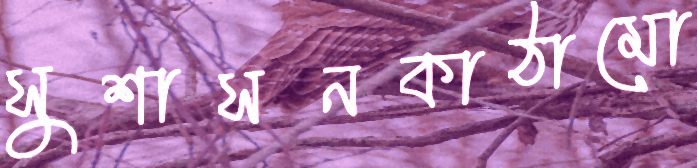
সুশাসনকাঠামো